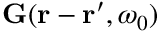
{ \bf G } ( { \bf r } - { \bf r } ^ { \prime } , \omega _ { 0 } )